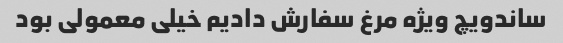
ساندویچ ویژه مرغ سفارش دادیم خیلی معمولی بود